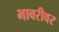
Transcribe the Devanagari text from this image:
भावरीवर